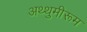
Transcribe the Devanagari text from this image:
अथ्थुमीरूम